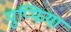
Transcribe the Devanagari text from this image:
पुप्फिया